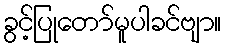
ခွင့်ပြုတော်မူပါခင်ဗျာ။